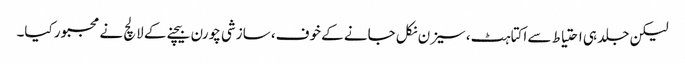
لیکن جلد ہی احتیاط سے اکتاہٹ، سیزن نکل جانے کے خوف، سازشی چورن بیچنے کے لالچ نے مجبور کیا۔